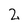
Character: 2